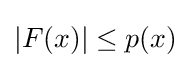
|F(x)|\leq p(x)